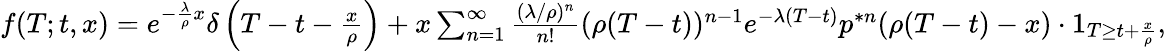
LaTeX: \begin{array}{r}{f(T;t,x)=e^{-\frac{\lambda}{\rho}x}\delta\left(T-t-\frac{x}{\rho}\right)+x\sum_{n=1}^{\infty}\frac{(\lambda/\rho)^{n}}{n!}(\rho(T-t))^{n-1}e^{-\lambda(T-t)}p^{\ast n}(\rho(T-t)-x)\cdot 1_{T\geq t+\frac{x}{\rho}},}\end{array}